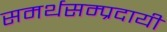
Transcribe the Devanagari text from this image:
समर्थसम्प्रदायी